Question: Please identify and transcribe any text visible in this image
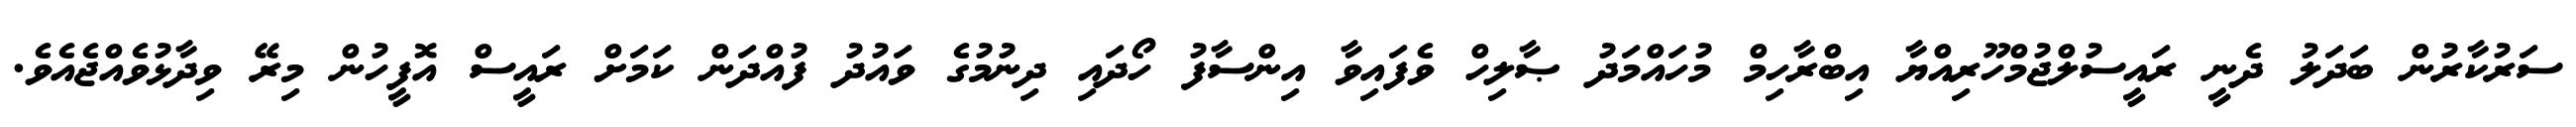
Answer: ސަރުކާރުން ބަދަލު ދެނީ ރައީސުލްޖުމްހޫރިއްޔާ އިބްރާހިމް މުހައްމަދު ޞާލިހް ވެފައިވާ އިންސާފު ހޯދައި ދިނުމުގެ ވައުދު ފުއްދަން ކަމަށް ރައީސް އޮފީހުން މިރޭ ވިދާޅުވެއްޖެއެވެ.